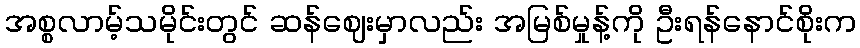
အစ္စလာမ့်သမိုင်းတွင် ဆန်ဈေးမှာလည်း အမြစ်မှုန့်ကို ဦးရန်နောင်စိုးက